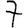
Digit: 7